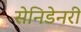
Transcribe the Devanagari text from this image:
सेनिडेनरी